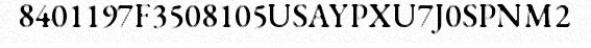
8401197F3508105USAYPXU7J0SPNM2